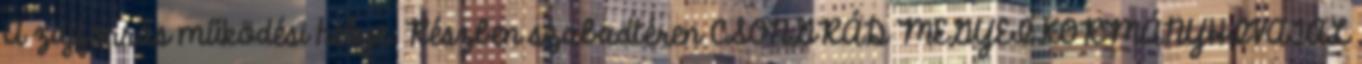
A zajforrás működési helye. Részben szabadtéren CSONGRÁD MEGYEI KORMÁNYHIVATAL